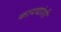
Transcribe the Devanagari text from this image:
कायद्यांशी